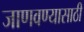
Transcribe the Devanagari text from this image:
जाणवण्यासाठी